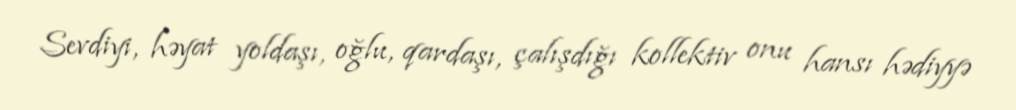
Sevdiyi, həyat yoldaşı, oğlu, qardaşı, çalışdığı kollektiv onu hansı hədiyyə